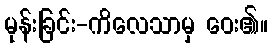
မုန်းခြင်း-ကိလေသာမှ ဝေး၏။